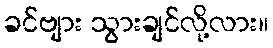
ခင်ဗျား သွားချင်လို့လား။